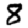
Digit: 8